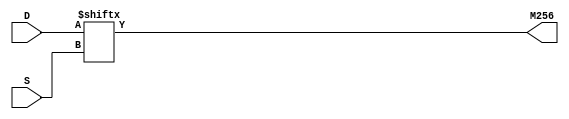
module top (
input [7:0] S,
input [255:0] D,
output M256
);
parameter i = 3;

assign M256 = D[S];

endmodule